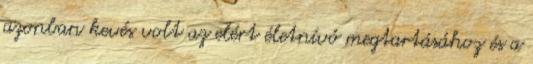
azonban kevés volt az elért életnívó megtartásához és a